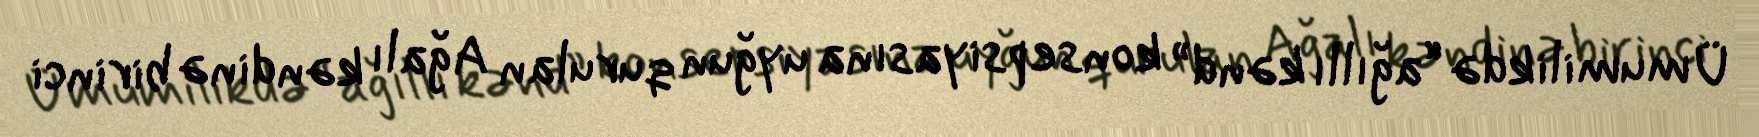
Ümumilikdə “ağıllı kənd” konsepsiyasına uyğun qurulan Ağalı kəndinə birinci